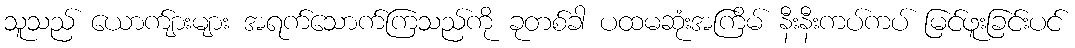
သူသည် ယောက်ျားများ အရက်သောက်ကြသည်ကို ခုတစ်ခါ ပထမဆုံးအကြိမ် နီးနီးကပ်ကပ် မြင်ဖူးခြင်းပင်